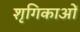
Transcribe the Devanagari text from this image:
शृगिकाओं